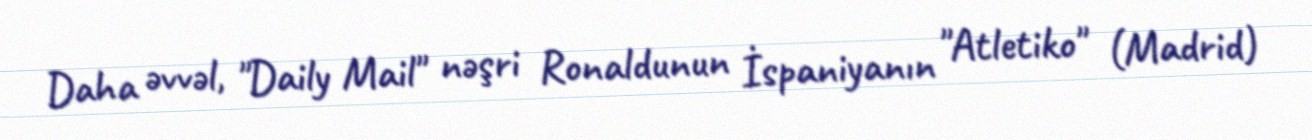
Daha əvvəl, "Daily Mail" nəşri Ronaldunun İspaniyanın "Atletiko" (Madrid)